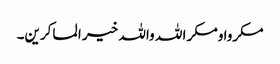
مکروا ومکر ا للہ واللہ خیر ا لماکرین۔